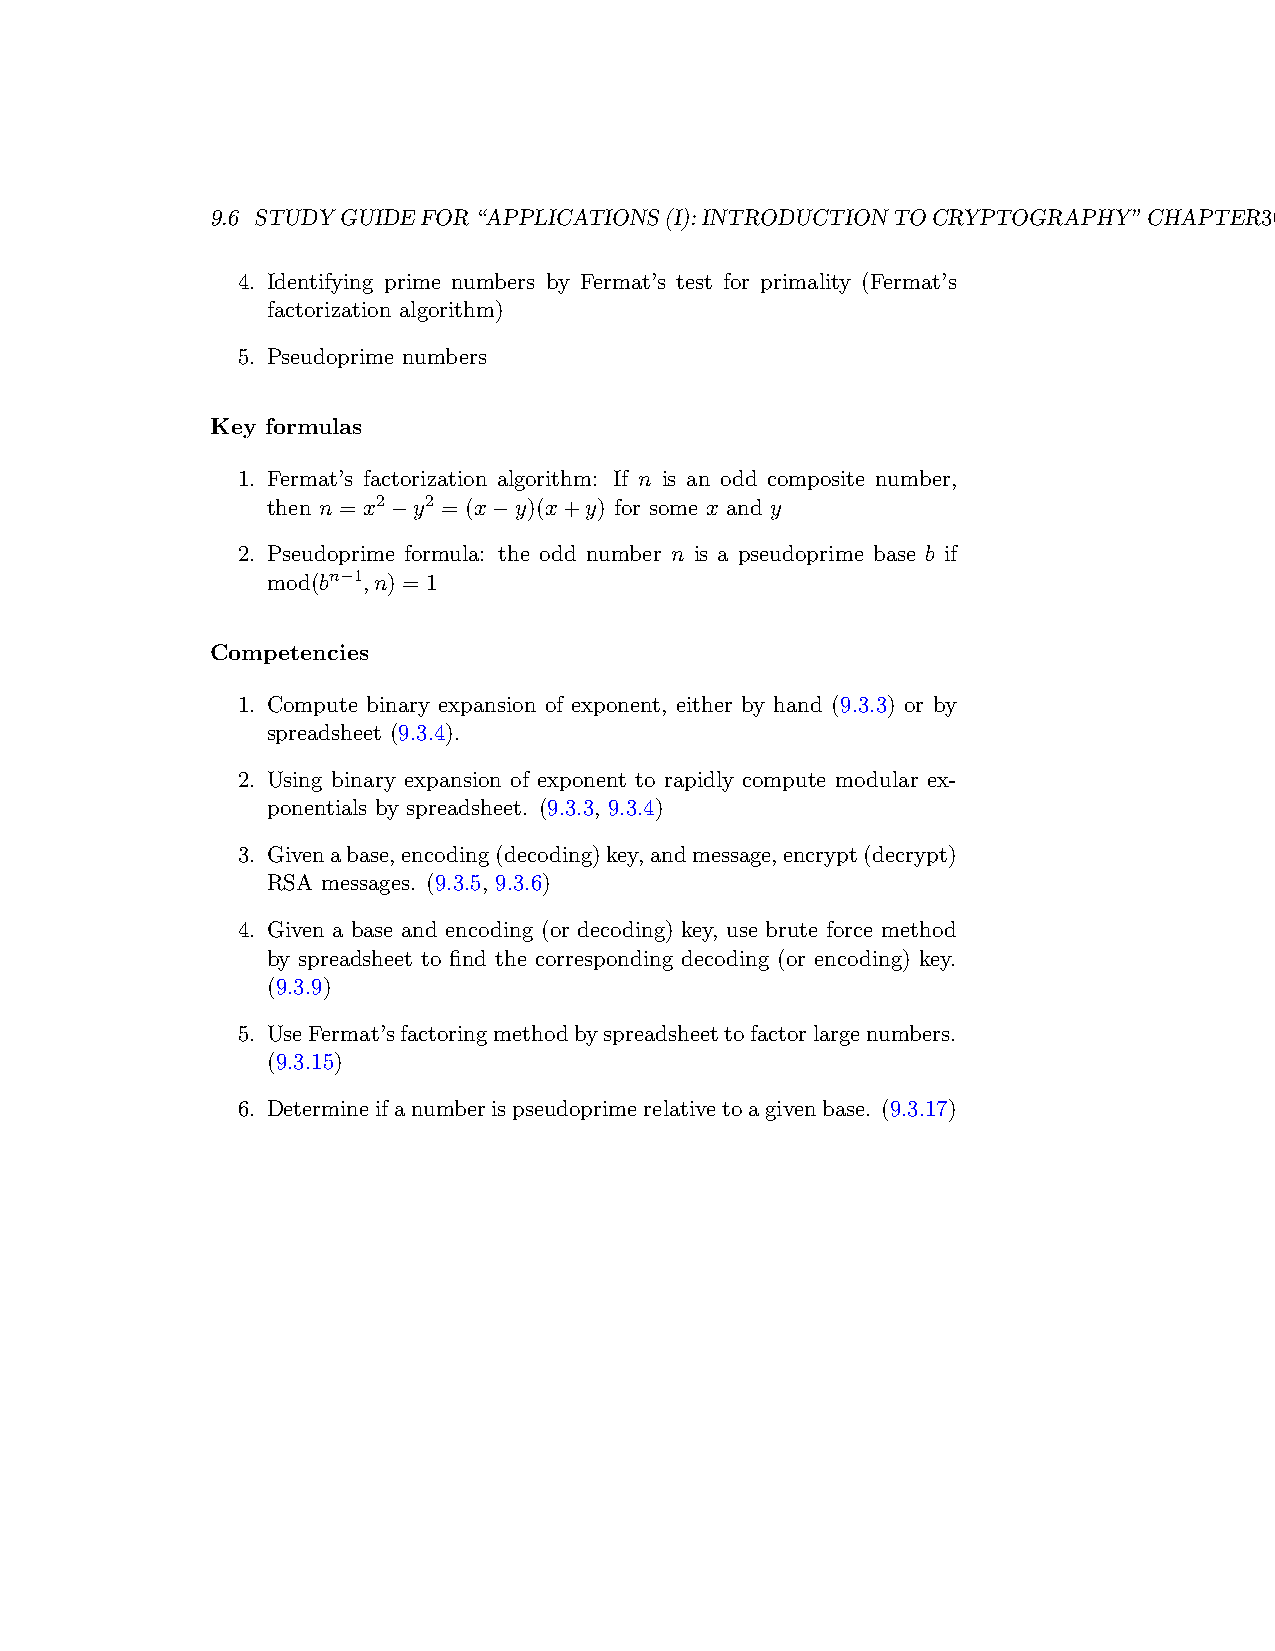
9.6 STUDYGUIDEFOR“APPLICATIONS(I):INTRODUCTIONTOCRYPTOGRAPHY”CHAPTER301
 4. Identifying prime numbers by Fermat’s test for primality (Fermat’s
 factorization algorithm)
 5. Pseudoprime numbers
 Key formulas
 1. Fermat’s factorization algorithm: If n is an odd composite number,
 then n = x2−y2 = (x−y)(x+y) for some x and y
 2. Pseudoprime formula: the odd number n is a pseudoprime base b if
 mod(bn−1,n) = 1
 Competencies
 1. Compute binary expansion of exponent, either by hand (9.3.3) or by
 spreadsheet (9.3.4).
 2. Using binary expansion of exponent to rapidly compute modular ex-
 ponentials by spreadsheet. (9.3.3, 9.3.4)
 3. Givenabase,encoding(decoding)key,andmessage,encrypt(decrypt)
 RSA messages. (9.3.5, 9.3.6)
 4. Given a base and encoding (or decoding) key, use brute force method
 by spreadsheet to find the corresponding decoding (or encoding) key.
 (9.3.9)
 5. UseFermat’sfactoringmethodbyspreadsheettofactorlargenumbers.
 (9.3.15)
 6. Determineifanumberispseudoprimerelativetoagivenbase. (9.3.17)